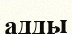
адды